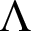
\Lambda